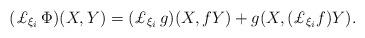
LaTeX: \begin{align*} (\pounds_{\xi_i}\,\Phi)(X,Y) = (\pounds_{\xi_i}\,g)(X, {f}Y) + g(X,(\pounds_{\xi_i}{f})Y) .\end{align*}